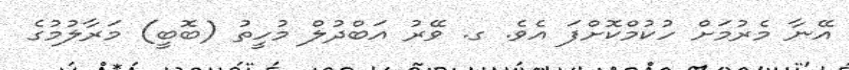
އޭނާ މެރުމަށް ހުކުމްކޮށްފަ އެވެ. ގ. ވޭރު އަބްދުލް މުހީތު (ބޮބީ) މަރާލުމުގެ